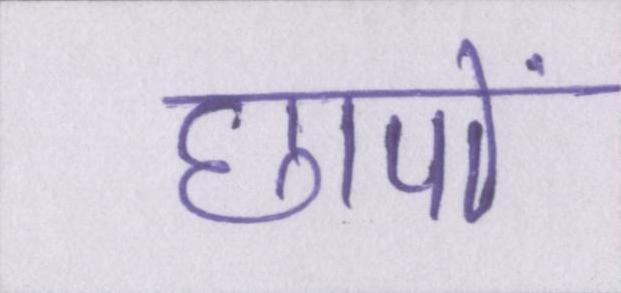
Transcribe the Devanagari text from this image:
छापों